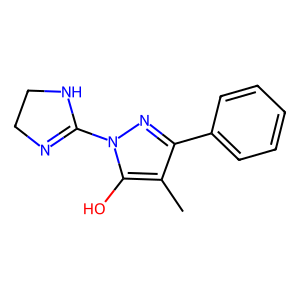
SMILES: Cc1c(-c2ccccc2)nn(C2=NCCN2)c1O
Inhibits HIV replication: No